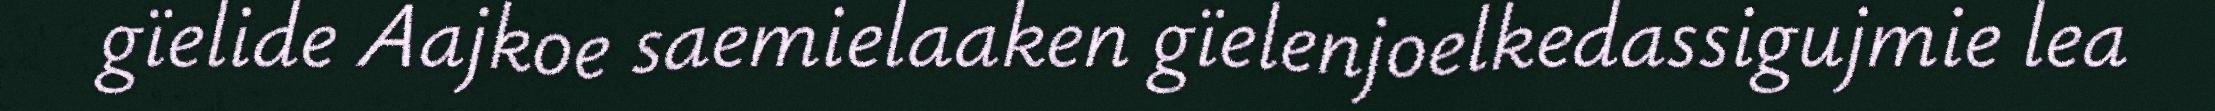
gïelide Aajkoe saemielaaken gïelenjoelkedassigujmie lea